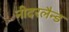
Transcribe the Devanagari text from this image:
नीदरलैन्ड